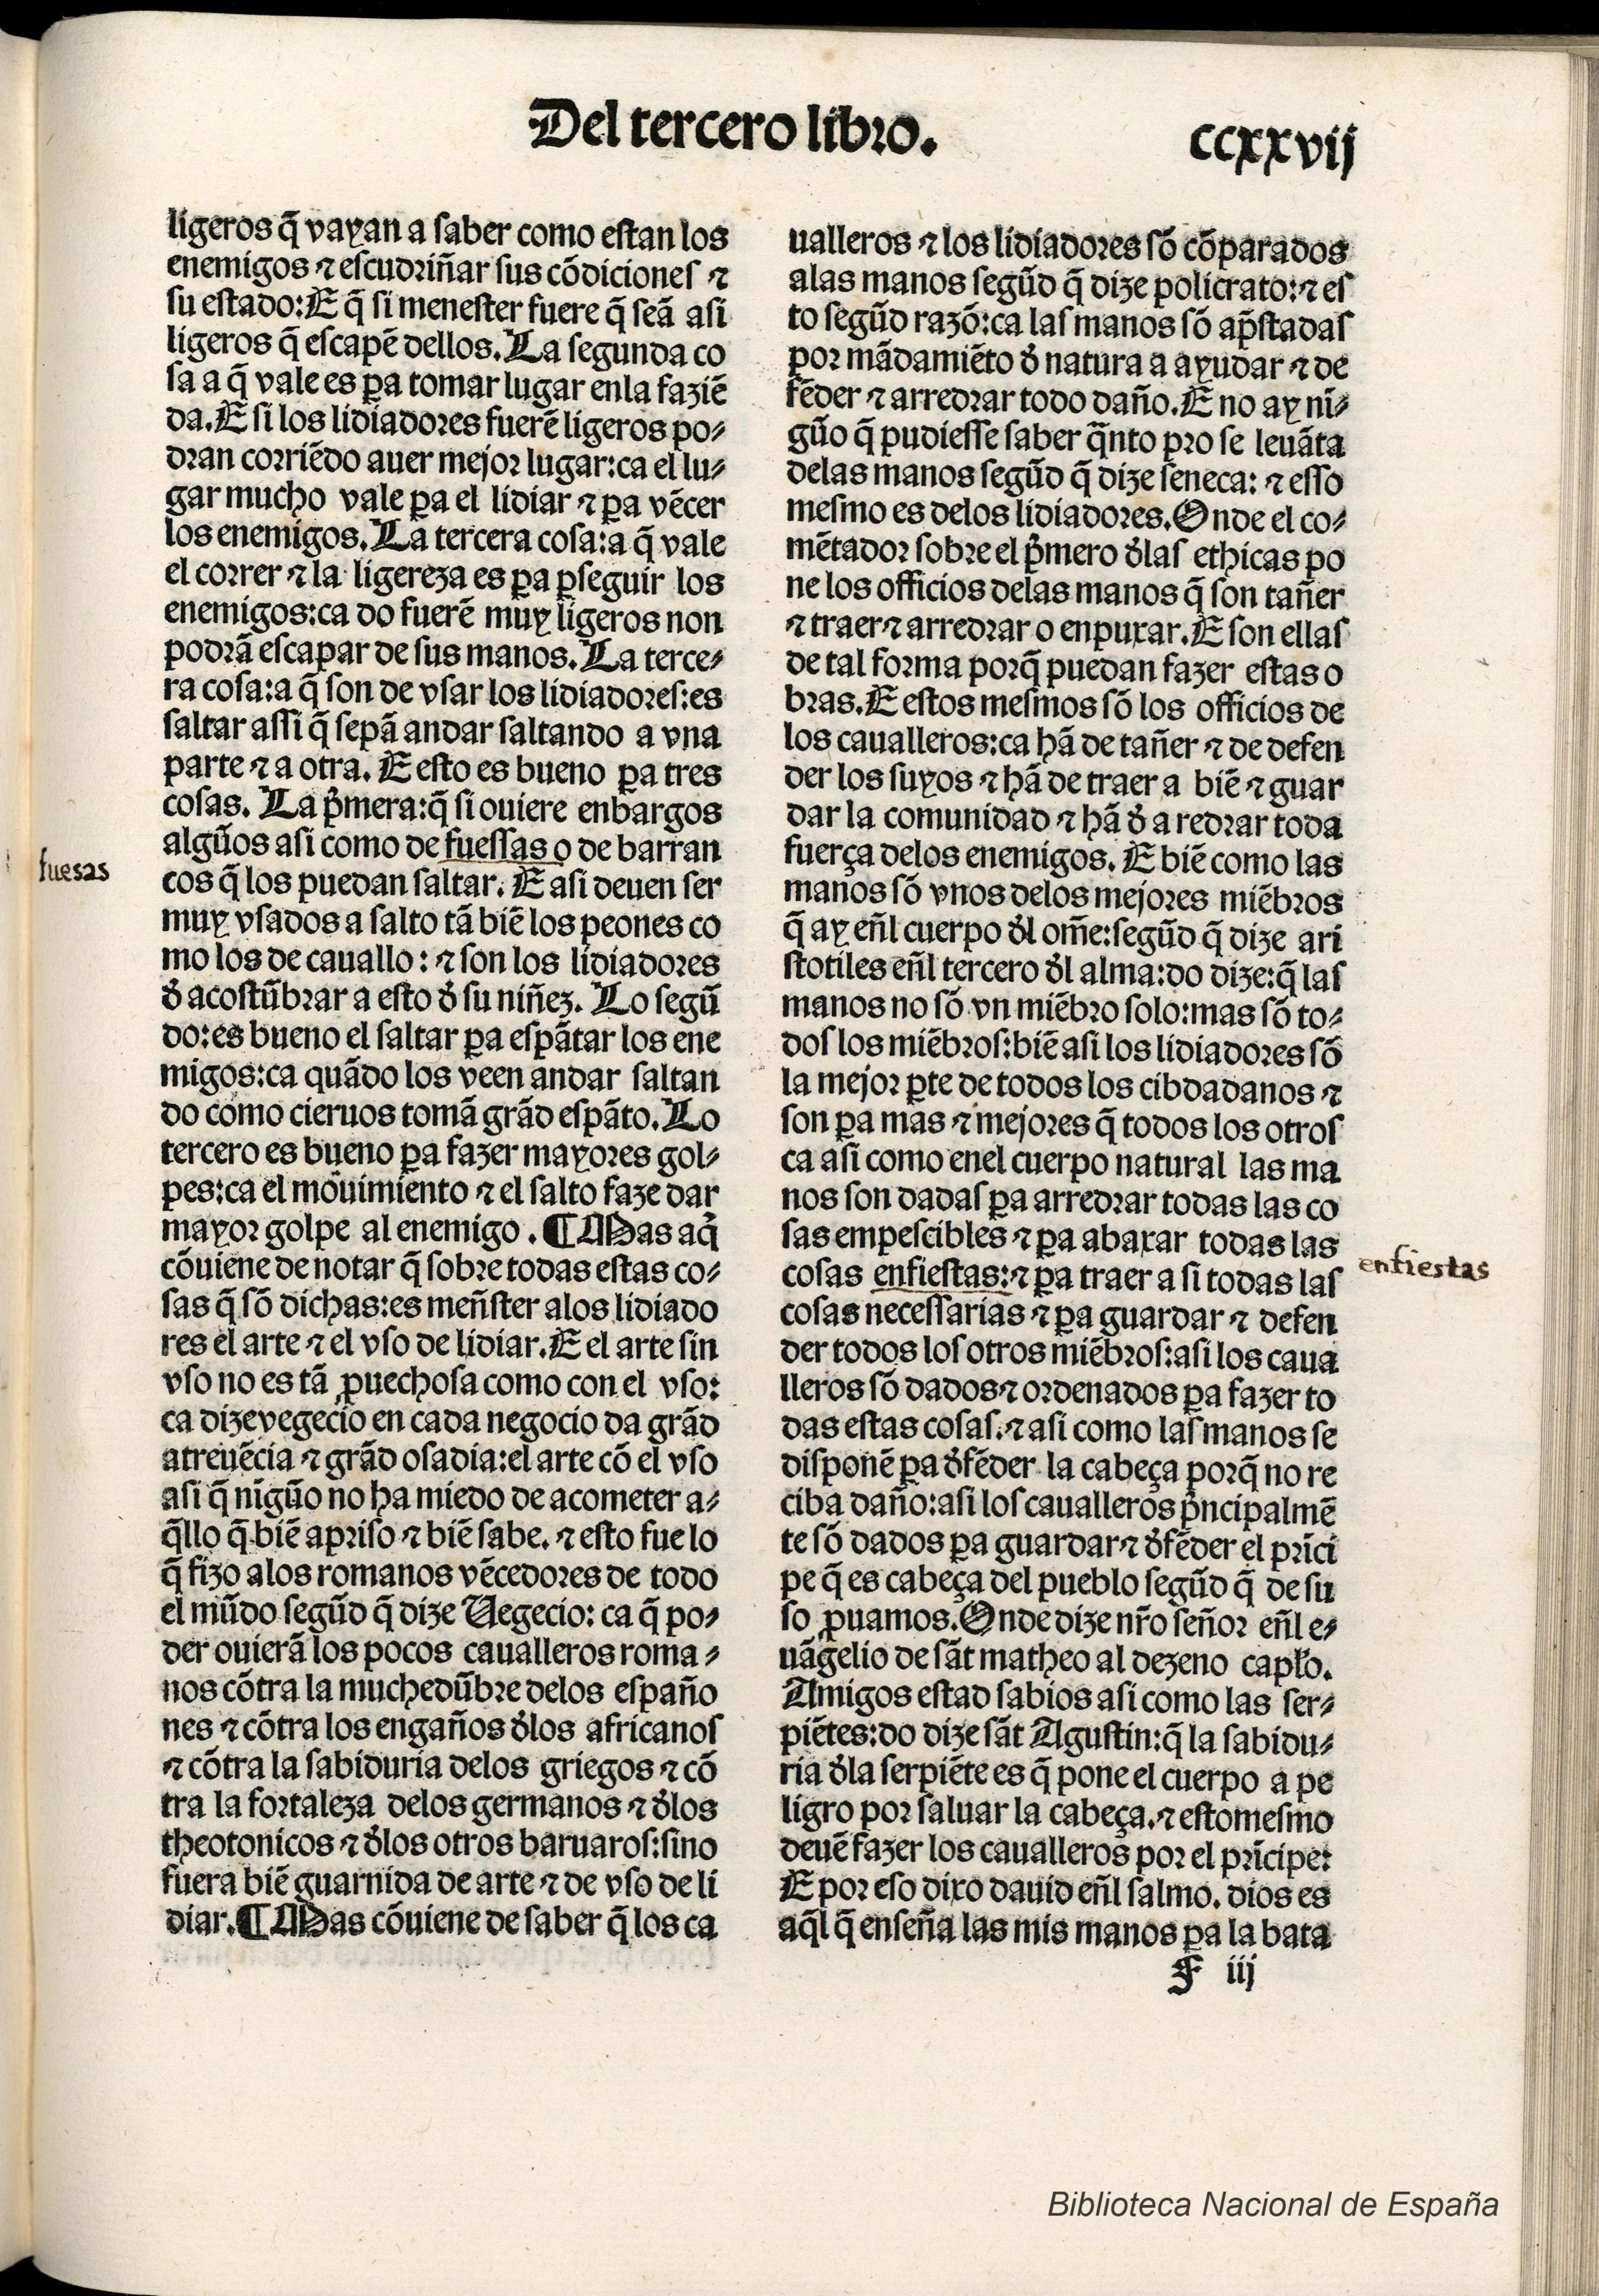
Shelfmark: Madrid, BNE, Inc. 901
Century: 15